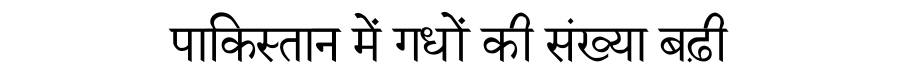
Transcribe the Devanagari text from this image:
पाकिस्तान में गधों की संख्या बढ़ी